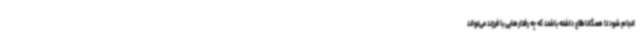
انجام شود تا همگاناطلاع داشته باشند که چه رفتارهایی با فرزند می‌تواند